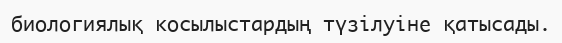
биологиялық косылыстардың түзілуіне қатысады.